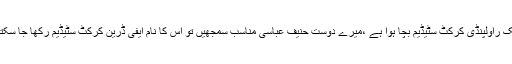
اب ایک راولپنڈی کرکٹ سٹیڈیم بچا ہوا ہے ،میرے دوست حنیف عباسی مناسب سمجھیں تو اس کا نام ایفی ڈرین کرکٹ سٹیڈیم رکھا جا سکتا ہے۔